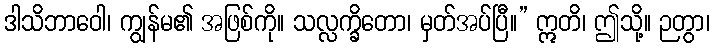
ဒါသိဘာဝေါ၊ ကျွန်မ၏ အဖြစ်ကို။ သလ္လက္ခိတော၊ မှတ်အပ်ပြီ။” ဣတိ၊ ဤသို့။ ဉတွာ၊